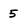
Character: 5